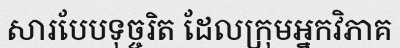
សារបែបទុច្ចរិត ដែលក្រុមអ្នកវិភាគ